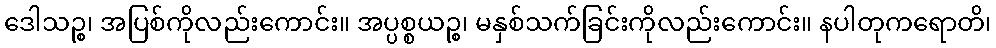
ဒေါသဉ္စ၊ အပြစ်ကိုလည်းကောင်း။ အပ္ပစ္စယဉ္စ၊ မနှစ်သက်ခြင်းကိုလည်းကောင်း။ နပါတုကရောတိ၊